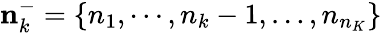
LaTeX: \mathbf{n}_{k}^{-}=\left\{ {{n}_{1}},\cdots,{{n}_{k}}-1,\ldots,{{n}_{{{n}_{K}}}}\right\}